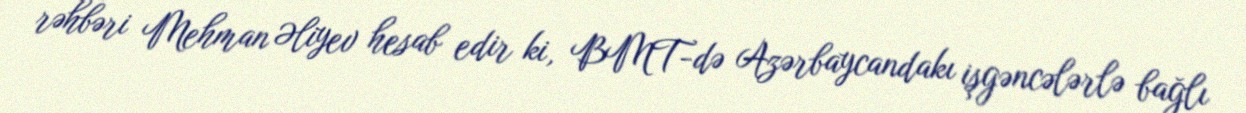
rəhbəri Mehman Əliyev hesab edir ki, BMT-də Azərbaycandakı işgəncələrlə bağlı